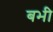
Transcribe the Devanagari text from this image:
बभी